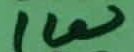
Text: 1W